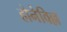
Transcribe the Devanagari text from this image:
होनेविल्ल